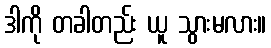
ဒါကို တခါတည်း ယူ သွားမလား။